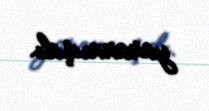
yaranmışdı.